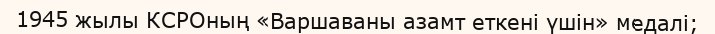
1945 жылы КСРОның «Варшаваны азамт еткені үшін» медалі;